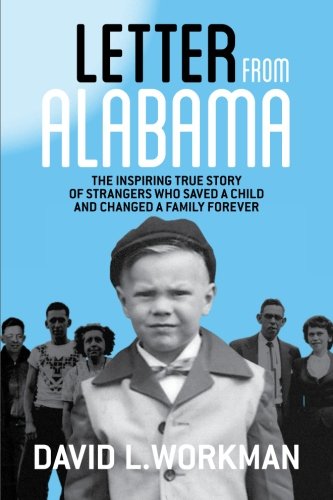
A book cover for Letter from Alabama: The Inspiring True Story of Strangers Who Saved a Child and Changed a Family Forever; David L. Workman; Parenting & Relationships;